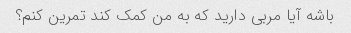
باشه آیا مربی دارید که به من کمک کند تمرین کنم؟